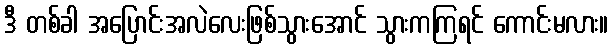
ဒီ တစ်ခါ အပြောင်းအလဲလေးဖြစ်သွားအောင် သွားကကြရင် ကောင်းမလား။